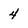
Character: 4